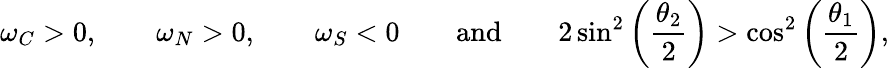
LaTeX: \omega_{C}>0,\qquad\omega_{N}>0,\qquad\omega_{S}<0\qquad\textnormal{and}\qquad 2\sin^{2}\left(\frac{\theta_{2}}{2}\right)>\cos^{2}\left(\frac{\theta_{1}}{2}\right),